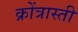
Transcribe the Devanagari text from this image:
क्रोंत्रास्ती